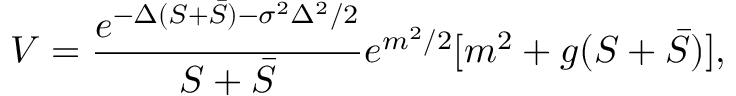
V = \frac { e ^ { - \Delta ( S + \bar { S } ) - \sigma ^ { 2 } \Delta ^ { 2 } / 2 } } { S + \bar { S } } e ^ { m ^ { 2 } / 2 } [ m ^ { 2 } + g ( S + \bar { S } ) ] ,